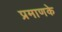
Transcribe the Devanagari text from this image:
प्रमाणके